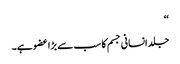
‘‘
جلد انسانی جسم کا سب سے بڑا عضو ہے۔